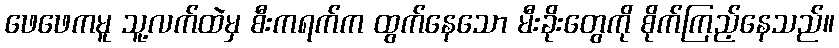
ဖေဖေကမူ သူ့လက်ထဲမှ စီးကရက်က ထွက်နေသော မီးခိုးတွေကို စိုက်ကြည့်နေသည်။